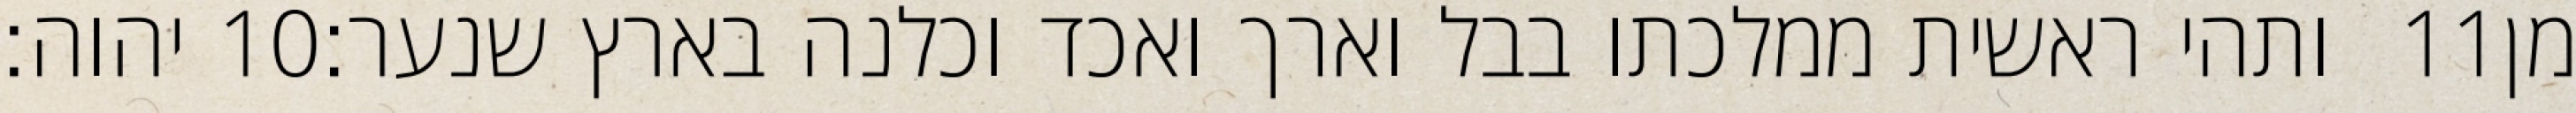
יהוה׃ ‎10‏ ותהי ראשית ממלכתו בבל וארך ואכד וכלנה בארץ שנער׃ ‎11‏ מן